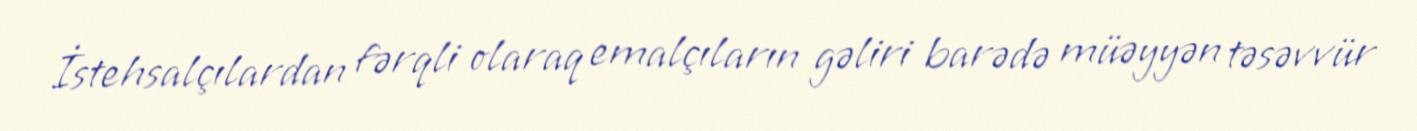
İstehsalçılardan fərqli olaraq emalçıların gəliri barədə müəyyən təsəvvür